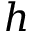
h